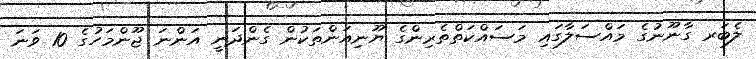
ލެބަރ ގާނޫނުގެ މައްސަލާގައި މަސައްކަތްތެރިންގެ ޔޫނިއަންތަކުން ގެންދަނީ އަންނަ ޖޫންމަހުގެ 10 ވަނަ